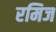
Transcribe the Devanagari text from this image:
रमिज